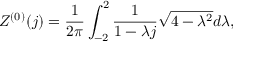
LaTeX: Z ^ { ( 0 ) } ( j ) = \frac { 1 } { 2 \pi } \int _ { - 2 } ^ { 2 } \frac { 1 } { 1 - \lambda j } \sqrt { 4 - \lambda ^ { 2 } } d \lambda ,